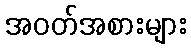
အဝတ်အစားများ